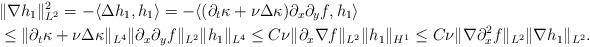
LaTeX: \begin{align*}&\|\nabla h_1\|_{L^2}^2=-\langle\Delta h_1,h_1\rangle=-\langle(\partial_t \kappa+\nu\Delta \kappa)\partial_x\partial_yf,h_1\rangle\\ &\leq \|\partial_t \kappa+\nu\Delta \kappa\|_{L^{4}}\|\partial_x\partial_yf\|_{L^{2}}\|h_1\|_{L^{4}}\leq C\nu\|\partial_x\nabla f\|_{L^{2}}\|h_1\|_{H^{1}}\leq C\nu\|\nabla\partial_x^2 f\|_{L^{2}}\|\nabla h_1\|_{L^2}.\end{align*}